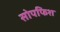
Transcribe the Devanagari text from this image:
सोपफिश